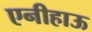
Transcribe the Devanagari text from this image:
एनीहाऊ